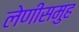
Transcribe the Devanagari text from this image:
लेणीसमुह